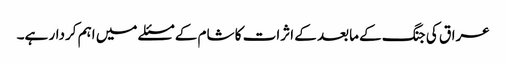
عراق کی جنگ کے مابعد کے اثرات کا شام کے مسئلے میں اہم کردار ہے۔